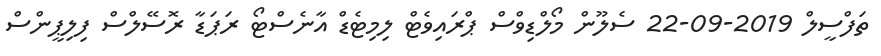
ތަފްސީލް 2019-09-22 ސެލޫން މޯލްޑިވްސް ޕްރައިވެޓް ލިމިޓެޑް އާނެސްޓޯ ރަޕަޑާ ރޮސޭލްސް ފިލިޕީންސް